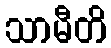
သာမီတိ